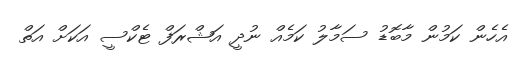
އެހެން ކަމުން މާބޮޑު ސަމާލު ކަމެއް ނުދީ އަޝްރަފް ޓެކްސީ އަކަށް އަތް